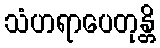
သံဟရာပေတုန္တိ